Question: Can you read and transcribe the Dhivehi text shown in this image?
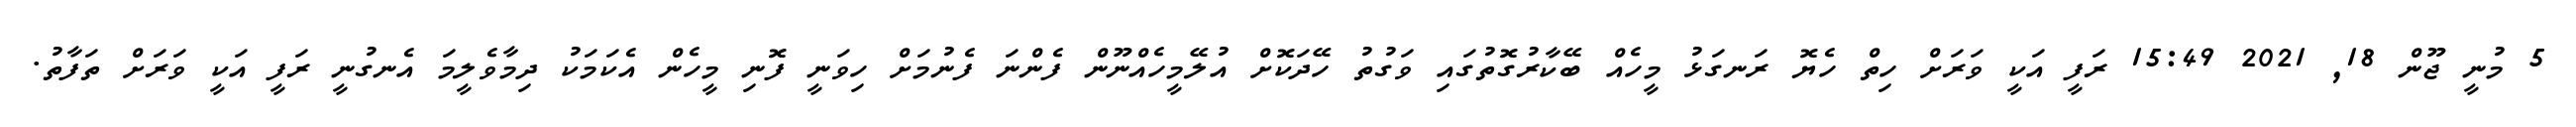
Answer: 5 މުނީ ޖޫން 18, 2021 15:49 ރަފީ އަކީ ވަރަށް ހިތް ހެޔޮ ރަނގަޅު މީހެއް ބޭކާރުގޮތުގައި ވަގުތު ހޭދަކޮށް އުލޭމީހެއްނޫން ފެންނަ ފެނުމަށް ހިވަނީ ފޮނި މީހެން އެކަމަކު ދިމާވެލީމަ އެނގުނީ ރަފީ އަކީ ވަރަށް ތަފާތު.